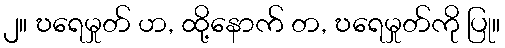
၂။ ဎရေမှုတ် ဟ, ထို့နောက် တ, ဎရေမှုတ်ကို ပြု။